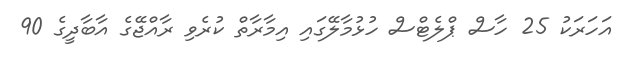
އަހަރަކު 25 ހާސް ޕްލެޓްސް ހުޅުމާލޭގައި އިމާރާތް ކުރެވި ރާއްޖޭގެ އާބާދީގެ 90